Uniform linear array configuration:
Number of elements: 48
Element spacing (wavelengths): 1
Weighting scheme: uniform
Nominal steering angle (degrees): -60
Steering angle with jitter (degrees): -61.662
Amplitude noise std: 0.05
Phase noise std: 0.05

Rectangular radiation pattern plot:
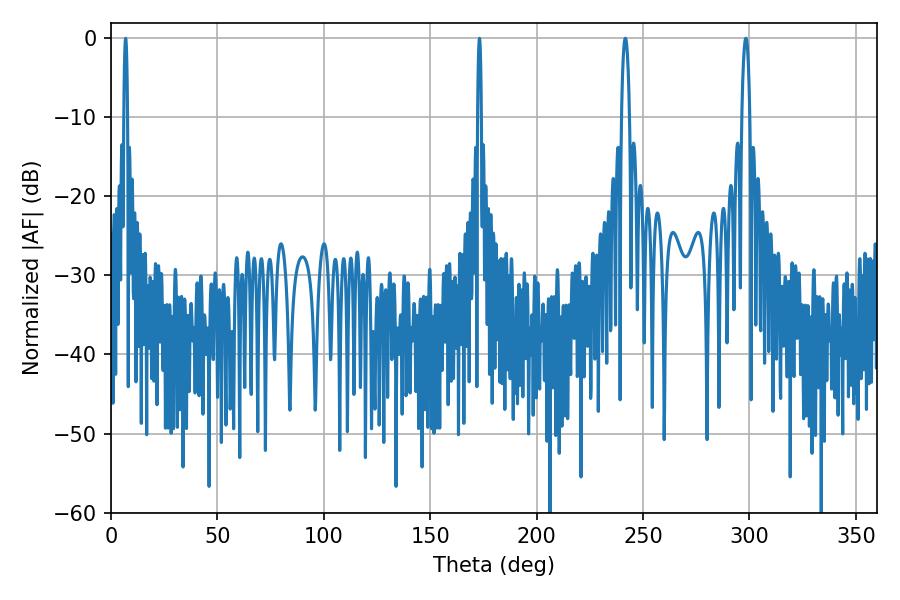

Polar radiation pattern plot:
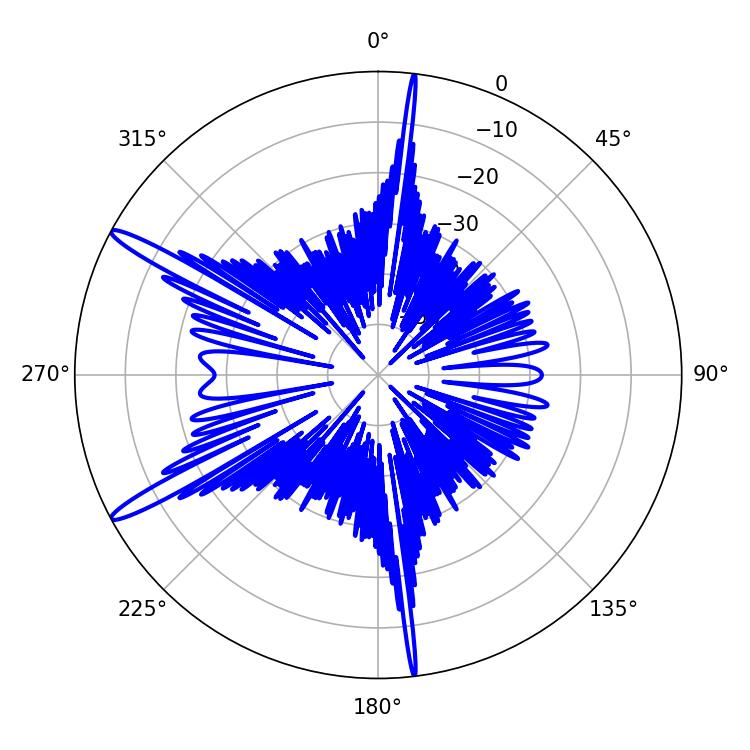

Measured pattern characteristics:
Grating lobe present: TRUE
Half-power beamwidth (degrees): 2.16
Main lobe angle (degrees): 298.26